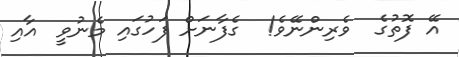
އޭ ފޮތުގެ  ވެރިންނޭވެ!  ގެފާނަށް ފަހުގައި މެނުވީ  އާއި